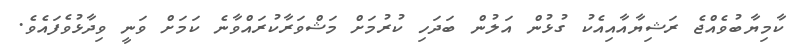
ކާމިޔާބުވެއްޖެ ރަޝިޔާއާއިއެކު ގުޅުން އަލުން ބަދަހި ކުރުމަށް މަޝްވަރާކުރައްވާނެ ކަމަށް ވަނީ ވިދާޅުވެފައެވެ.